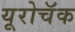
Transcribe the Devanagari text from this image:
यूरोचॅक